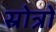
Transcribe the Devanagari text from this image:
स्रोत्रों